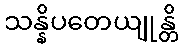
သန္နိပတေယျုန္တိ